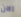
الان